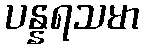
ပန္နရသမာ